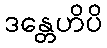
ဒန္တေဟိပိ